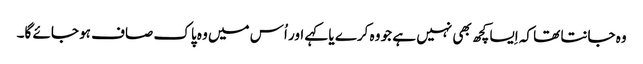
وہ جانتا تھا کہ اِیسا کچھ بھی نہیں ہے جو وہ کرے یا کہے اور اُس میں وہ پاک صاف ہو جائے گا۔